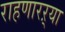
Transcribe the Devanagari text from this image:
राहणारऱ्या